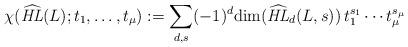
LaTeX: \begin{align*}\chi(\widehat{\mathit{HL}}(L);t_1,\dots,t_\mu) := \sum\limits_{d,s} (-1)^d \mbox{dim}(\widehat{\mathit{HL}}_d(L,s))\,t_1^{s_1}\cdots t_\mu^{s_\mu}\end{align*}